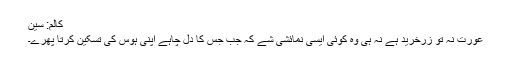
کالم: سین
عورت نہ تو زرخرید ہے نہ ہی وہ کوئی ایسی نمائشی شے کہ جب جس کا دل چاہے اپنی ہوس کی تسکین کرتا پھرے۔